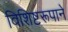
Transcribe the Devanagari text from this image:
विशिष्टरूपाने